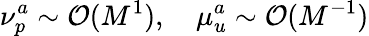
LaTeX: \nu_{p}^{a}\sim\mathcal{O}(M^{1}),\quad\mu_{u}^{a}\sim\mathcal{O}(M^{-1})